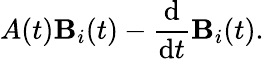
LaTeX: A(t)\mathbf{B}_{i}(t)-{\frac{{\mathrm{{d}}}}{{\mathrm{{d}}t}}}\mathbf{B}_{i}(t).